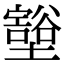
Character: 𫮺